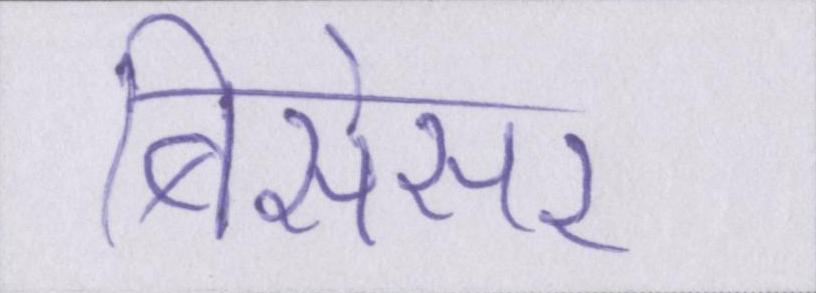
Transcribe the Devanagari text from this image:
बिसेसर